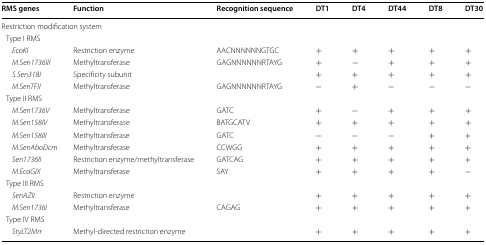
<table><thead><tr><td><b>RMS genes</b></td><td><b>Function</b></td><td><b>Recognition sequence</b></td><td><b>DT1</b></td><td><b>DT4</b></td><td><b>DT44</b></td><td><b>DT8</b></td><td><b>DT30</b></td></tr></thead><tbody><tr><td colspan="8">Restriction modification system</td></tr><tr><td colspan="8"> Type I RMS</td></tr><tr><td><i>EcoKI</i></td><td>Restriction enzyme</td><td>AACNNNNNNGTGC</td><td>+</td><td>+</td><td>+</td><td>+</td><td>+</td></tr><tr><td><i>M.Sen1736III</i></td><td>Methyltransferase</td><td>GAGNNNNNNRTAYG</td><td>+</td><td>−</td><td>+</td><td>+</td><td>+</td></tr><tr><td><i>S.Sen318I</i></td><td>Specificity subunit</td><td></td><td>+</td><td>+</td><td>+</td><td>+</td><td>+</td></tr><tr><td><i>M.SenTFII</i></td><td>Methyltransferase</td><td>GAGNNNNNNRTAYG</td><td>−</td><td>+</td><td>−</td><td>−</td><td>−</td></tr><tr><td colspan="8"> Type II RMS</td></tr><tr><td><i>M.Sen1736V</i></td><td>Methyltransferase</td><td>GATC</td><td>+</td><td>−</td><td>+</td><td>+</td><td>+</td></tr><tr><td><i>M.Sen158IV</i></td><td>Methyltransferase</td><td>BATGCATV</td><td>+</td><td>+</td><td>+</td><td>+</td><td>+</td></tr><tr><td><i>M.Sen158III</i></td><td>Methyltransferase</td><td>GATC</td><td>−</td><td>−</td><td>−</td><td>+</td><td>+</td></tr><tr><td><i>M.SenAboDcm</i></td><td>Methyltransferase</td><td>CCWGG</td><td>+</td><td>+</td><td>+</td><td>+</td><td>+</td></tr><tr><td><i>Sen1736II</i></td><td>Restriction enzyme/methyltransferase</td><td>GATCAG</td><td>+</td><td>+</td><td>+</td><td>+</td><td>+</td></tr><tr><td><i>M.EcoGIX</i></td><td>Methyltransferase</td><td>SAY</td><td>+</td><td>+</td><td>+</td><td>+</td><td>−</td></tr><tr><td colspan="8"> Type III RMS</td></tr><tr><td><i>SenAZII</i></td><td>Restriction enzyme</td><td></td><td>+</td><td>+</td><td>+</td><td>+</td><td>+</td></tr><tr><td><i>M.Sen1736I</i></td><td>Methyltransferase</td><td>CAGAG</td><td>+</td><td>+</td><td>+</td><td>+</td><td>+</td></tr><tr><td colspan="8"> Type IV RMS</td></tr><tr><td><i>StyLT2Mrr</i></td><td>Methyl-directed restriction enzyme</td><td></td><td>+</td><td>+</td><td>+</td><td>+</td><td>+</td></tr></tbody></table>